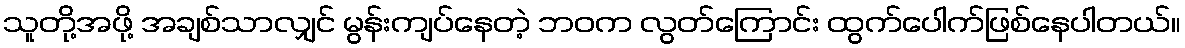
သူတို့အဖို့ အချစ်သာလျှင် မွန်းကျပ်နေတဲ့ ဘဝက လွတ်ကြောင်း ထွက်ပေါက်ဖြစ်နေပါတယ်။